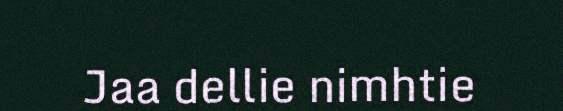
Jaa dellie nimhtie